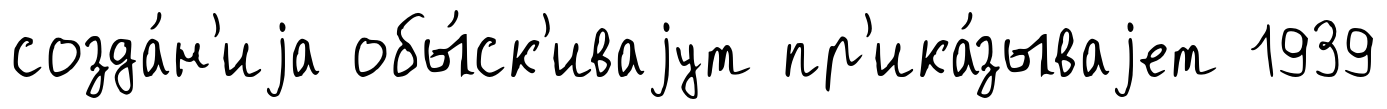
созда́н'иjа обы́ск'иваjут пр'ика́зываjет 1939